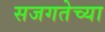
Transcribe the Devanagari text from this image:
सजगतेच्या